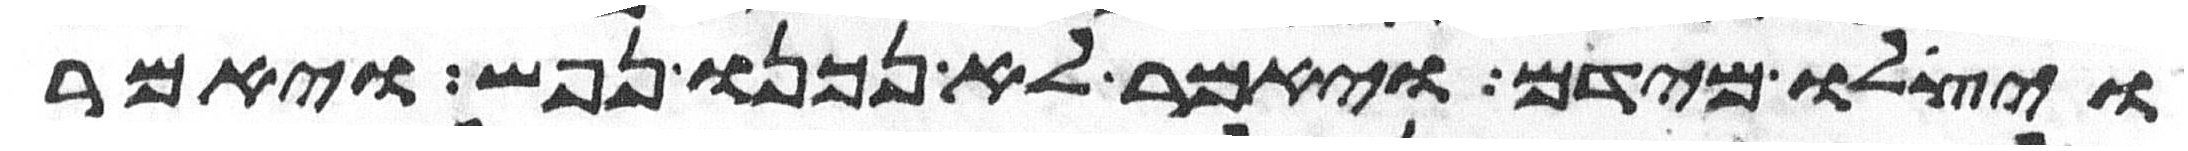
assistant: ויצלו מידם ויאמר לא נכנו נפש ויאמר